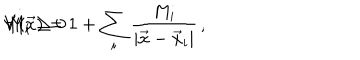
LaTeX: V ( \vec { x } ) = 1 + \sum _ { i } \frac { M _ { i } } { | \vec { x } - \vec { x } _ { i } | } \, , \hspace { . 5 c m } M _ { i } \geq 0 \hspace { . 2 c m } \forall i \, ,